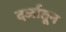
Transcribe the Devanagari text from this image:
दर्जातून